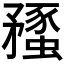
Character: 𥎔